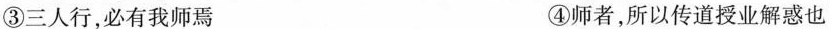
③三人行，必有我师焉 ④师者，所以传道授业解惑也